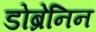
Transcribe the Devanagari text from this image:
डोब्रेनिन